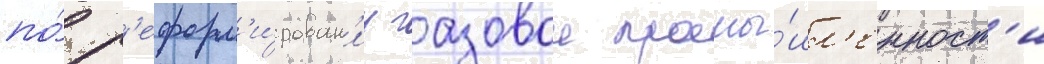
по́ р'еформ'и́рован'иу газовои промы́шл'енност'и